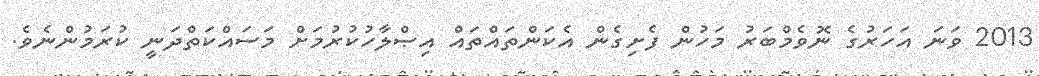
2013 ވަނަ އަހަރުގެ ނޮވެމްބަރު މަހުން ފެށިގެން އެކަންތައްތައް އިޞްލާހުކުރުމަށް މަސައްކަތްދަނީ ކުރަމުންނެވެ.